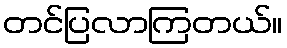
တင်ပြလာကြတယ်။